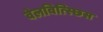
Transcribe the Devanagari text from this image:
वेलवित्स्छिस